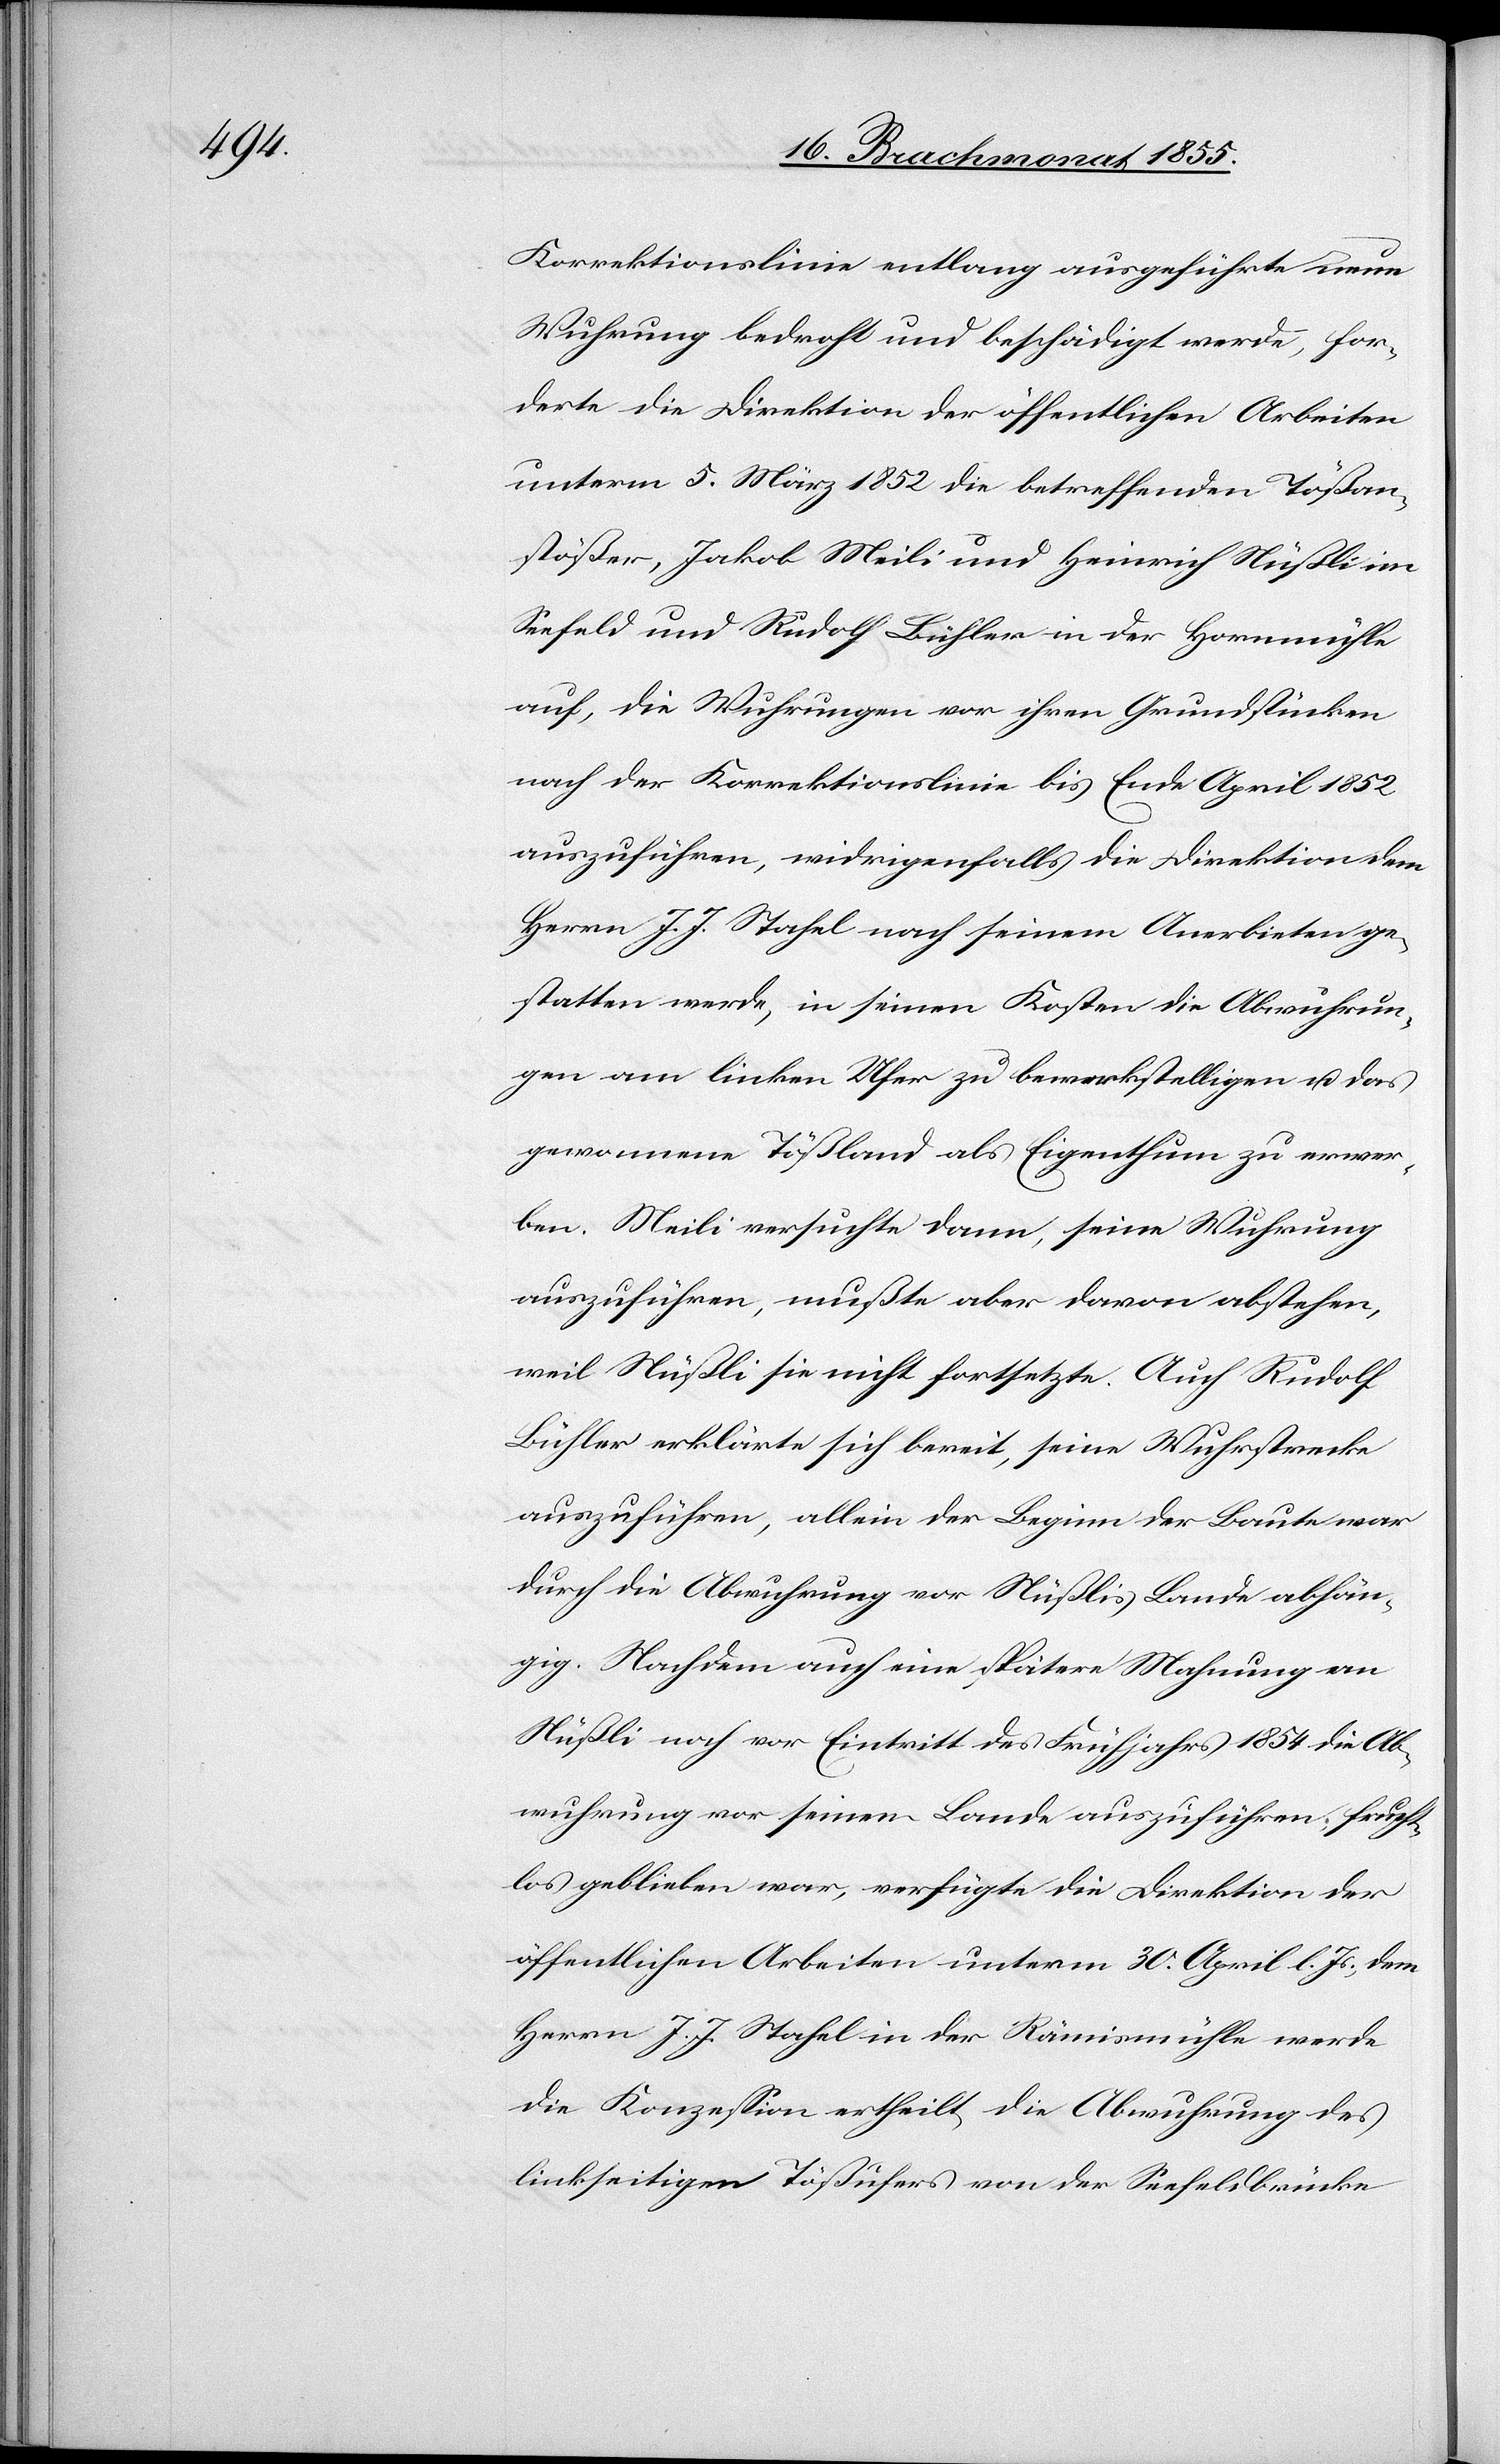
Korrektionslinie entlang ausgeführte neue
Wuhrung bedroht und beschädigt werde, for¬
derte die Direktion der öffentlichen Arbeiten
unterm 5. März 1852 die betreffenden Tößan¬
stößer, Jakob Meili und Heinrich Nüßli im
Seefeld und Rudolf Bühler in der Hornmühle
auf, die Wuhrungen vor ihren Grundstücken
nach der Korrektionslinie bis Ende April 1852
auszuführen, widrigenfalls die Direktion dem
Herrn J. J. Stahel nach seinem Anerbieten ge¬
statten werde, in seinen Kosten die Abwuhrun¬
gen am linken Ufer zu bewerkstelligen u. das
gewonnene Tößland als Eigenthum zu erwer¬
ben. Meili versuchte dann, seine Wuhrung
auszuführen, mußte aber davon abstehen,
weil Nüßli sie nicht fortsetzte. Auch Rudolf
Bühler erklärte sich bereit, seine Wuhrstrecke
auszuführen, allein der Beginn der Baute war
durch die Abwuhrung vor Nüßlis Lande abhän¬
gig. Nachdem auch eine spätere Mahnung an
Nüßli noch vor Eintritt des Frühjahrs 1854 die Ab¬
wuhrung vor seinem Lande auszuführen, frucht¬
los geblieben war, verfügte die Direktion der
öffentlichen Arbeiten unterm 30. April l. Js., dem
Herrn J. J. Stahel in der Rämismühle werde
die Konzession ertheilt, die Abwuhrung des
linkseitigen Tößufers von der Seefeldbrücke